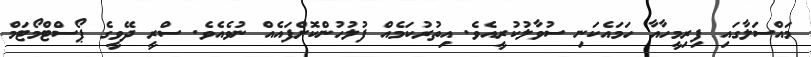
މައްސަލާގައި ފިރިމީހާއާ ހަމައެކަނި ސުވާލުކުރީއެވެ. އިތުރުކަމެއް ފުލުހުންކޮށްފައެއް ނުވެއެވެ. ސްރީ ދޭވީގެ ޕޯސްޓްމޯޓަމް